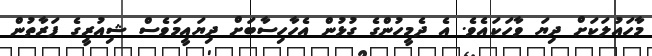
މާހައުލަކަށް ދިޔަ ވާހަކައެވެ. އެ ދެމީހުންގެ ގުޅުން އެހާހިސާބަށް ދިޔައީމަވެސް ޝިއުރީގެ ފަރާތުން